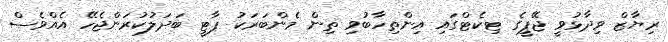
ރިޔާޒް ވިދާޅުވީ ޖޭޕީގެ ޓިކެޓްގައި އިންތިހާބުވި ތިން މެންބަރަކު ޕާޓީ ބަދަލުކުރަންޖެހޭ އެއްވެސް